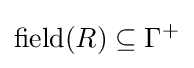
\operatorname {field} (R)\subseteq \Gamma ^{+}